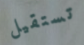
تستقيل